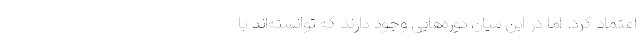
اعتماد کرد. اما در این میان دوره‌هایی وجود دارند که توانسته‌اند با